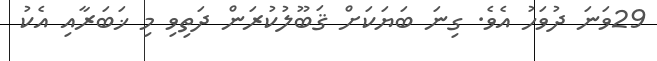
29ވަަނަ ދުވަހު އެވެ. ގިނަ ބަޔަކަށް ޤަބޫލުކުރަން ދަތިވި މި ޚަބަރާއި އެކު